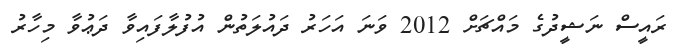
ރައީސް ނަޝީދުގެ މައްޗަށް 2012 ވަނަ އަހަރު ދައުލަތުން އުފުލާފައިވާ ދަޢުވާ މިހާރު